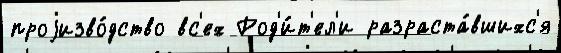
проjизво́дство вс'ех Род'и́т'ел'и разраста́вшихс'я